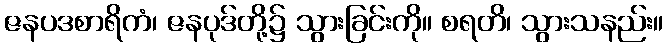
ဇနပဒစာရိကံ၊ ဇနပုဒ်တို့၌ သွားခြင်းကို။ စရတိ၊ သွားသနည်း။